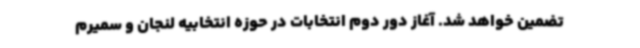
تضمین خواهد شد. آغاز دور دوم انتخابات در حوزه انتخابیه لنجان و سمیرم